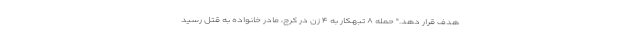
هدف قرار دهد." حمله ۸ تبهکار به ۴ زن در کرج، مادر خانواده به قتل رسید